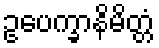
ဥပေက္ခာနိမိတ္တံ